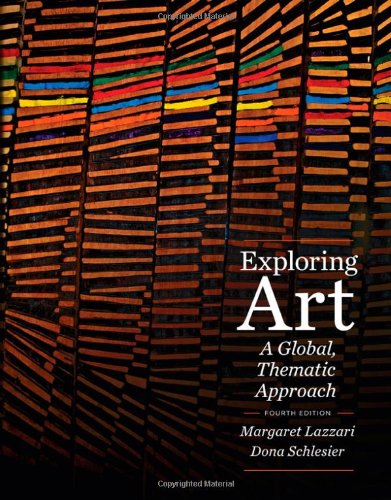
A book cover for Exploring Art: A Global, Thematic Approach (with CourseMate Printed Access Card); Margaret Lazzari; Arts & Photography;